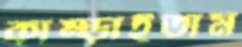
কাম্‌ড়াইতাম